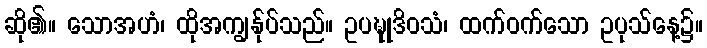
ဆို၏။ သောအဟံ၊ ထိုအကျွန်ုပ်သည်။ ဥပဍ္ဎုဒိဝသံ၊ ထက်ဝက်သော ဥပုသ်နေ့၌။